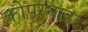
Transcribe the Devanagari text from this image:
कोपरनाइड